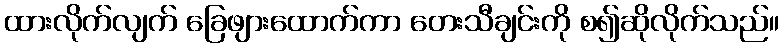
ထားလိုက်လျက် ခြေဖျားထောက်ကာ တေးသီချင်းကို စ၍ဆိုလိုက်သည်။